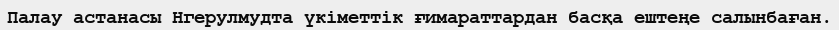
Палау астанасы Нгерулмудта үкіметтік ғимараттардан басқа ештеңе салынбаған.